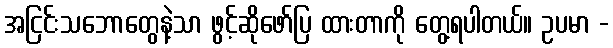
အငြင်းသဘောတွေနဲ့သာ ဖွင့်ဆိုဖော်ပြ ထားတာကို တွေ့ရပါတယ်။ ဥပမာ -